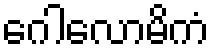
ဂေါလောမိကံ